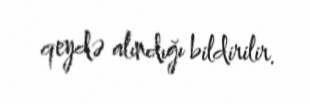
qeydə alındığı bildirilir.